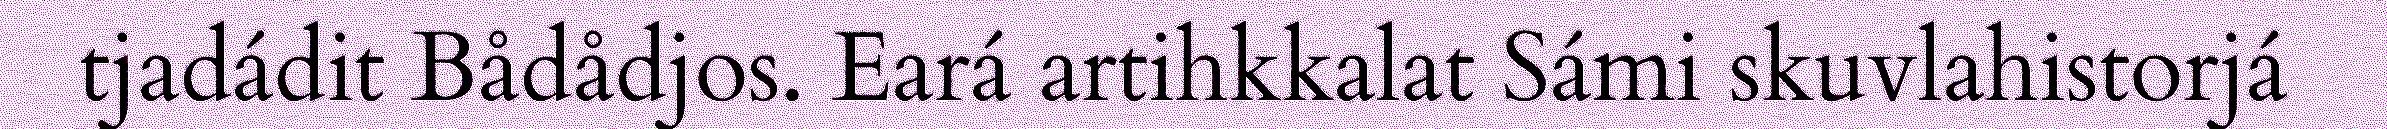
tjadádit Bådådjos. Eará artihkkalat Sámi skuvlahistorjá